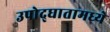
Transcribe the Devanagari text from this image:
उपोद्‌घातामध्ये